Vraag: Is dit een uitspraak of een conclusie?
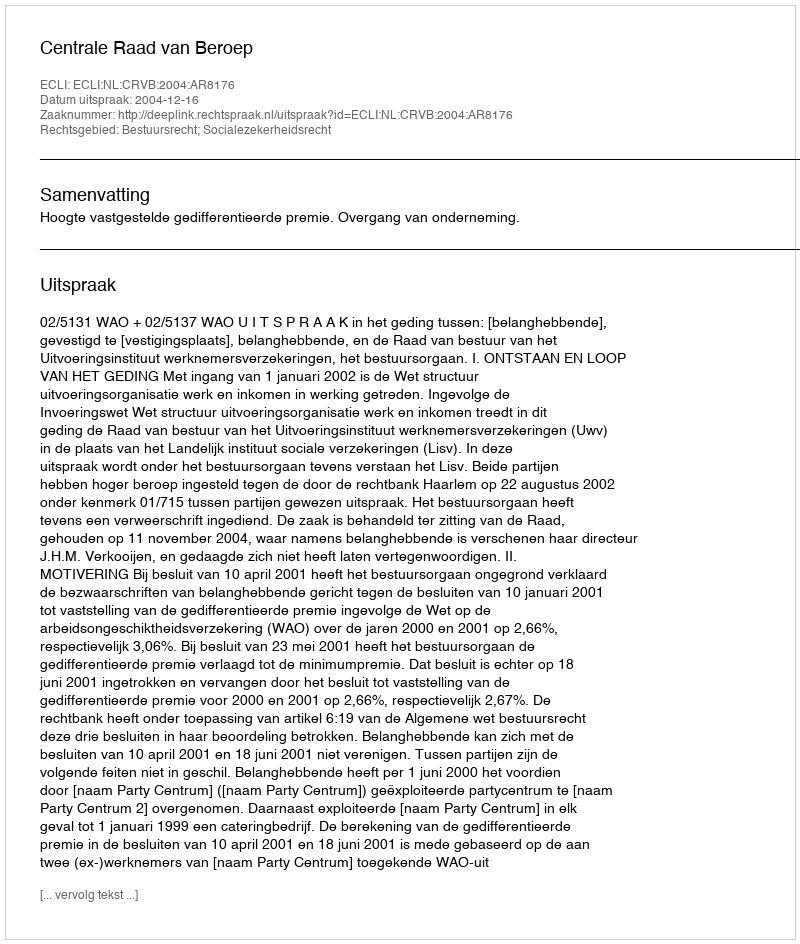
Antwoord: Uitspraak